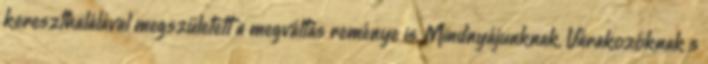
kereszthalálával megszületett a megváltás reménye is. Mindnyájunknak. Várakozóknak s